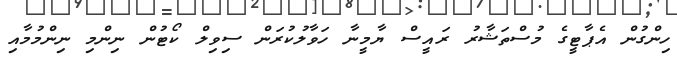
ހިންގުން އެޕާޓީގެ މުސްތަޝާރު ރައީސް ޔާމީނާ ހަވާލުކުރަން ސިވިލް ކޯޓުން ނިންމި ނިންމުމާއި